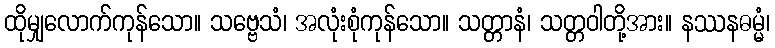
ထိုမျှလောက်ကုန်သော။ သဗ္ဗေသံ၊ အလုံးစုံကုန်သော။ သတ္တာနံ၊ သတ္တဝါတို့အား။ နဿနဓမ္မံ၊